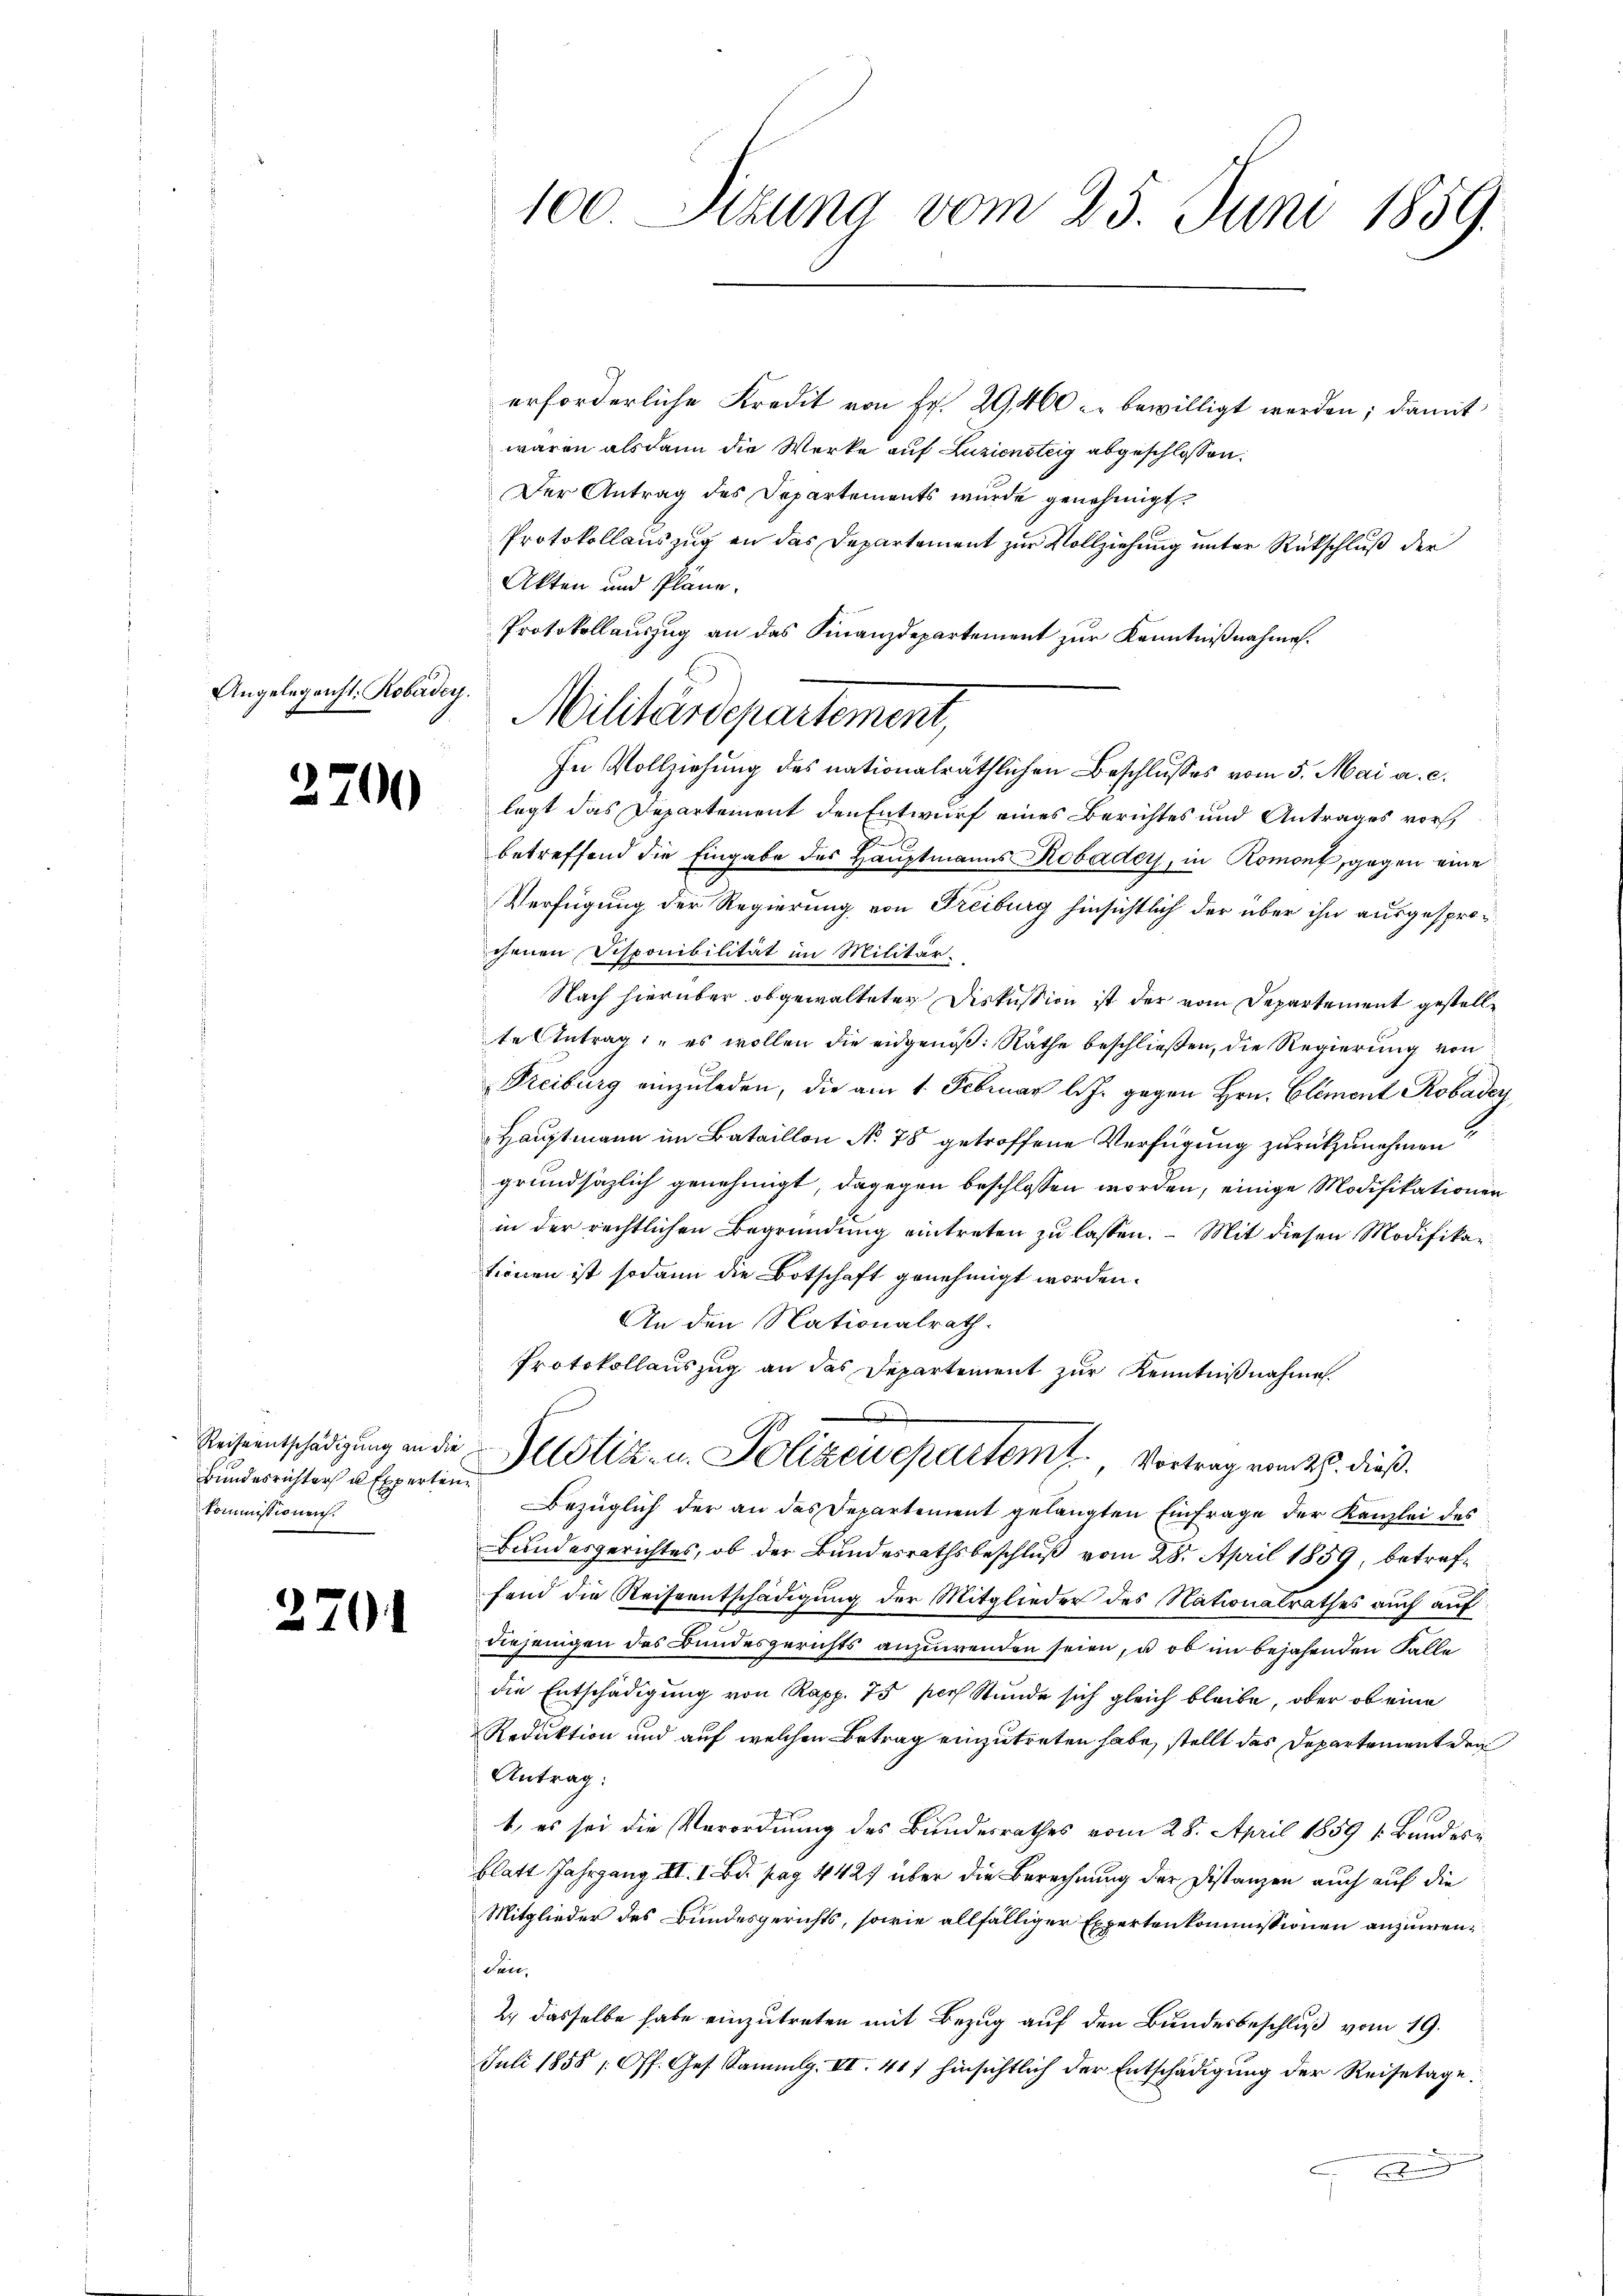
Angelegenst: Robader.

2700

Reiseentschädigung an die
Bundesrichter u. Experten
Kommissionen.

270

100 Pizuna vom 25. Juni 1859.

erforderliche Kredit von Fr. 29460 - bewilligt werden; damit
waren alsdann die Werke auf Luziensteig abgeschlossen:
Der Antrag des Departements wurde genehmigt.
Protokollauszug an das Departement zur Vollziehung unter Rückschluß der
Akten und Pläne.
Protokollauszug an das Finanzdepartement zur Kenntnißnahme.
In Vollziehung des nationalräthlichen Beschlusses vom 5. Mai a. c.
legt das Departement den Entwurf eines Berichtes und Antrages vorst
betreffend die Eingabe des Hauptmanns Robader, in Romont, gegen eine
Verfügung der Regierung von Freiburg hinsichtlich der über ihn ausgesprochenen Disponibilität im Militär.
Nach hierüber obgewalteter Diskussion ist der vom Departement gestellte Antrag: „es wollen die eidgenöß: Räthe beschließen, die Regierung von
Reiburg einzuladen, die am 1. Februar l. J. gegen Hrn. Clement Robader
Hauptmann im Bataillon No 78 getroffene Verfügung zurückzunehmen
grundsätzlich genehmigt, dagegen beschlossen worden, einige Modifikationen
in der rechtlichen Begründung eintreten zu lassen. – Mit diesen Modifikar
tionen ist sodann die Botschaft genehmigt worden.
An den Nationalrath.
Protokollauszug an das Departement zur Kenntnißnahme.
d
Justiz- u. Polizeisepartem Vortrag vom 28. dieß.
Bezüglich der an das Departement gelangten Einfrage der Kanzlei des
Bundesgerichtes, ob der Bundesrathsbeschluß vom 28. April 1859, betreffend die Reiseentschädigung der Mitglieder des Nationalrathes auch auf
Diejenigen des Bundesgerichts anzuwenden seien, u. ob im bejahenden Falle
die Entschädigung von Rapp. 75 per Stunde sich gleich bleibe, ober ob eine
Reduktion und auf welchen Betrag einzutreten habe, stellt das Departement der
Antrag:
t, es sei die Verordnung des Bundesrathes vom 28. April 1859 1. Bundern
blatt Jahrgang III. I. Bd. pag. 442. über die Berechnung der Distanzen auch auf die
Mitglieder des Bundesgerichts, sowie allfälliger Expertenkommissionen anzuwen¬
 chart.
2.) dasselbe habe einzutreten mit Bezug auf den Bundesbeschluß vom 19.
Juli 1858 (Off. Ges. Sammlg. II. 41) hinsichtlich der Entschädigŭng der Reisetage.
g

Militärdepartement,